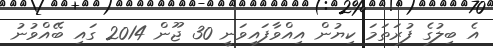
އެ ބިލުގެ ފުރަތަމަ ކިޔުން އިއްވާފައިވަނީ 30 ޖޫން 2014 ގައި ބޭއްވުނު